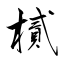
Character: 樲